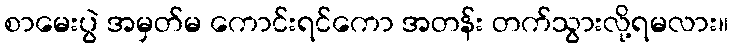
စာမေးပွဲ အမှတ်မ ကောင်းရင်ကော အတန်း တက်သွားလို့ရမလား။